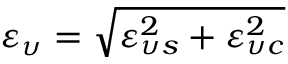
\varepsilon _ { \upsilon } = \sqrt { \varepsilon _ { \upsilon s } ^ { 2 } + \varepsilon _ { \upsilon c } ^ { 2 } }